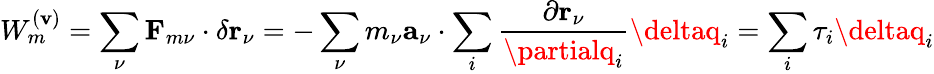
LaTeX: W_{m}^{(\mathbf{v})}=\sum_{\nu}\mathbf{{F}}_{m\nu}\cdot\delta\mathbf{{r}}_{\nu}=-\sum_{\nu}m_{\nu}\mathbf{{a}}_{\nu}\cdot\sum_{i}\frac{{\partial\mathbf{{r}}_{\nu}}}{{\partialq_{i}}}\deltaq_{i}=\sum_{i}\tau_{i}\deltaq_{i}